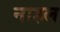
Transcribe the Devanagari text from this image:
नाहल